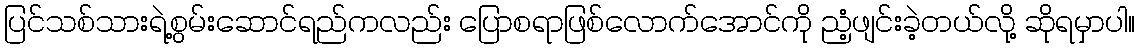
ပြင်သစ်သားရဲ့စွမ်းဆောင်ရည်ကလည်း ပြောစရာဖြစ်လောက်အောင်ကို ညံ့ဖျင်းခဲ့တယ်လို့ ဆိုရမှာပါ။